Annual administration and progress report of the Indian Medical Department, Bombay
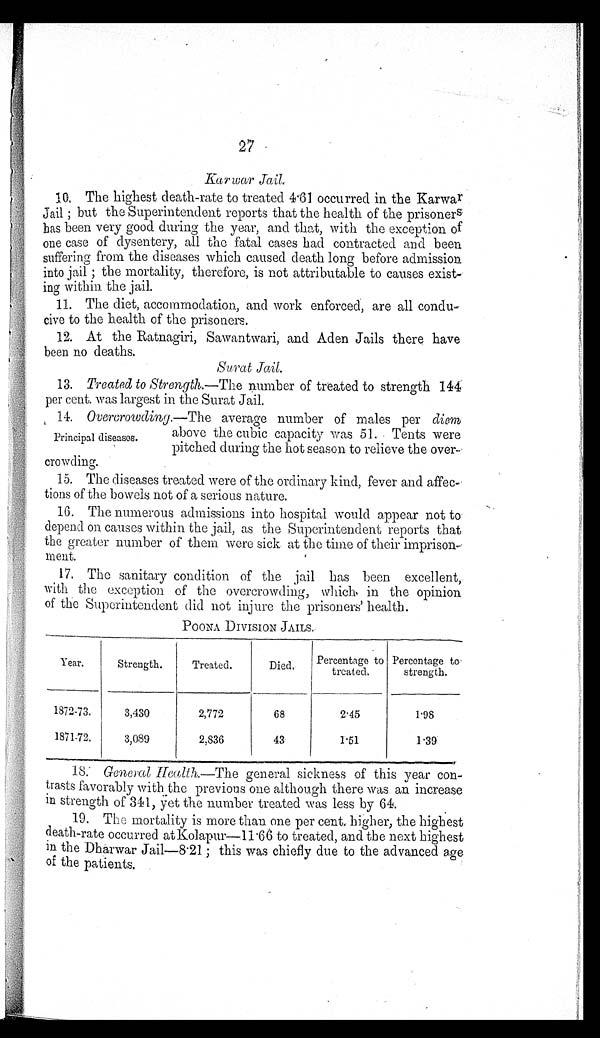
27
K a r w a r J a i l .
1 0 . T h e h i g h e s t d e a t h - r a t e t o t r e a t e d 4 . 6 1 o c c u r r e d i n t h e K a r w a r
Jail; but the Superintendent reports that the health of the prisoners
has been very good during the year, and that, with the exception of
one case of dysentery, all the fatal cases had contracted and been
suffering from the diseases which caused death long before admission
into jail; the mortality, therefore, is not attributable to causes exist-
ing within the jail.
11. The diet, accommodation, and work enforced, are all condu--
cive to the health of the prisoners.
12. At the Ratnagiri, Sawantwari, and Aden Jails there have
been no deaths.
S u r a t
j a i l .
13. Treated to Strength.— The number of treated to strength 144
per cent. was largest in the Surat Jail.
14. Overcrowding.—The average number of males per diem
above the cubic capacity was 51. Tents were
Principal diseases.
pitched during the hot season to relieve the over-
crowding.
15. The diseases treated were of the ordinary kind, fever and affec
-tions of the bowels not of a serious nature.
16.
The numerous admissions into hospital would appear not to
depend on causes within the jail, as the Superintendent reports that
the greater number of them were sick at the time of their imprison-
ment.
17. The sanitary condition of the jail has been excellent,
with the exception of the overcrowding, which in the opinion
of the Superintendent did not injure the prisoners' health.
POONA DIVISION JAILS.
Year.
Strength.
Treated.
Died.
Percentage to
treated.
Percentage to
strength.
1872-73.
3,430
2,772
68
2.45
1.98
1871-72.
3,089
2,836
43
1.51
1.39
18. General Health.—The general sickness of this year con-
trasts favorably with the previous one although there was an increase
in strength of 341, yet the number treated was less by 64.
19. The mortality is more than one per cent. higher, the highest
death-rate occurred at Kolapur—11.66 to treated, and the next highest
in the Dharwar Jail-8 . 21; this was chiefly due to the advanced age
of the patients.